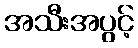
အသီးအပွင့်